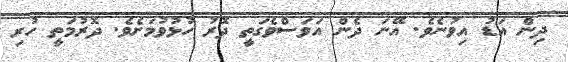
ދިން އަޑު އިވުނެވެ. އޭނަ ދެން އަވަސްވެގަތީ ދޮރު ހުޅުވުމަށެވެ. ދޮރުމަތީ ހުރި